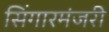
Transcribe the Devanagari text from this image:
सिंगारमंजरी